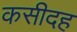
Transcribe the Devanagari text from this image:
कसीदह